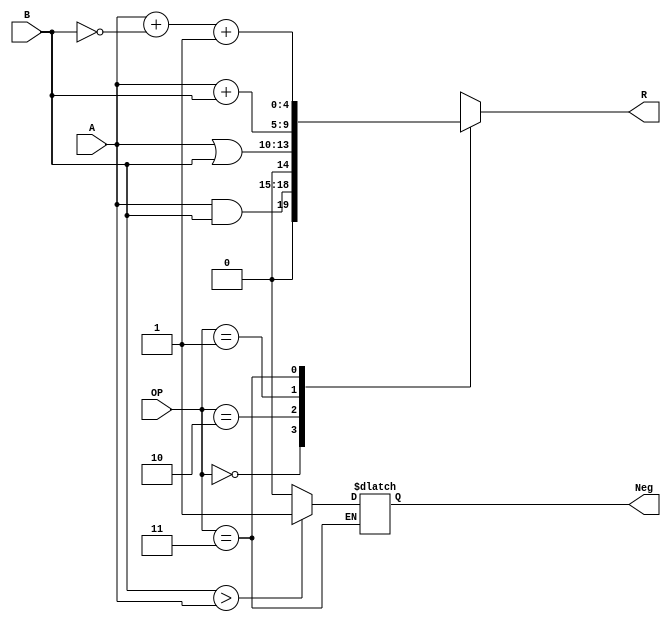
module verilogalu(A, B, OP, Neg, R);

input [3:0] A;
input [3:0] B;
input [1:0] OP;

output Neg;
output [4:0] R;

reg temp_neg;
reg [4:0] temp_R;

always @(*)
	begin
		case (OP)
			2'b00: temp_R<=A&B;
			2'b10: temp_R<=A|B;
			2'b01: temp_R<=A+B;
			2'b11:
				begin 
				temp_R<=A+(~B)+1;
				if (B>A)
					temp_neg <= 1'b1;
				else 
					temp_neg <= 1'b0;
				end
			endcase		
	end
assign R=temp_R;
assign Neg= temp_neg;
endmodule